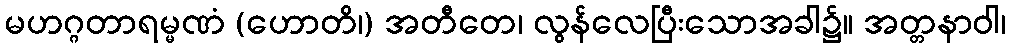
မဟဂ္ဂတာရမ္မဏံ (ဟောတိ၊) အတီတေ၊ လွန်လေပြီးသောအခါ၌။ အတ္တနာဝါ၊